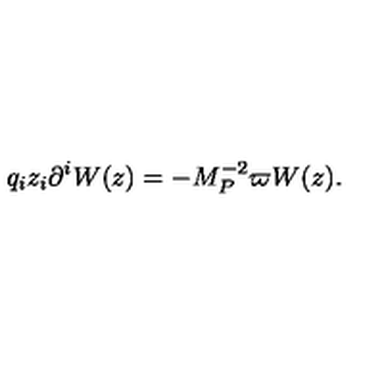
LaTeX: q _ { i } z _ { i } \partial ^ { i } W ( z ) = - M _ { P } ^ { - 2 } \varpi W ( z ) .